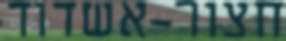
חצור-אשדוד